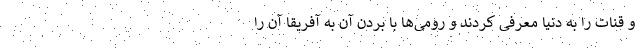
و قنات را به دنیا معرفی کردند و رومی‌ها با بردن آن به آفریقا آن را